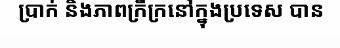
ប្រាក់ និងភាពក្រីក្រនៅក្នុងប្រទេស បាន